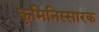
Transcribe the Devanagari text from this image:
कृमिनिस्सारक